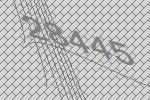
28445